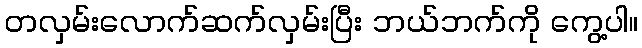
တလှမ်းလောက်ဆက်လှမ်းပြီး ဘယ်ဘက်ကို ကွေ့ပါ။